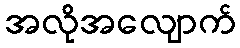
အလိုအလျောက်